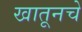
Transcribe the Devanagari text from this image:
खातूनचे